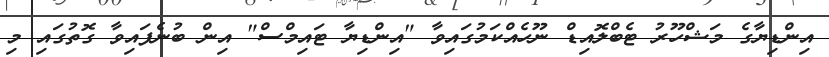
އިންޑިޔާގެ މަޝްހޫރު ޓެބްލޮއިޑް ނޫހެއްކަމުގައިވާ "އިންޑިޔާ ޓައިމްސް" އިން ބުނެފައިވާ ގޮތުގައި މި